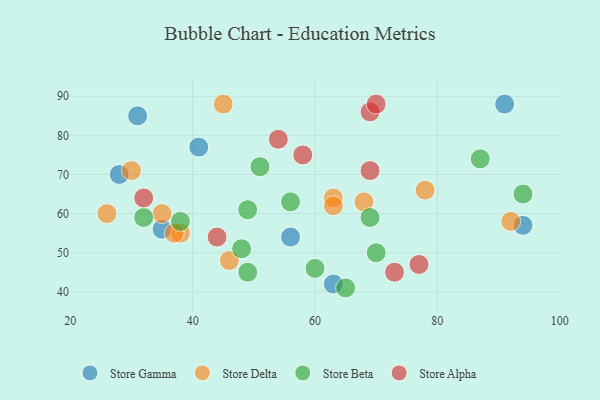
{"axis": {"x": "GDP", "y": "Life Expectancy"}, "legend": ["Store Alpha", "Store Beta", "Store Delta", "Store Gamma"], "data": [{"x": "63", "y": 42, "type": "Store Gamma"}, {"x": "28", "y": 70, "type": "Store Gamma"}, {"x": "56", "y": 54, "type": "Store Gamma"}, {"x": "91", "y": 88, "type": "Store Gamma"}, {"x": "41", "y": 77, "type": "Store Gamma"}, {"x": "31", "y": 85, "type": "Store Gamma"}, {"x": "94", "y": 57, "type": "Store Gamma"}, {"x": "35", "y": 56, "type": "Store Gamma"}, {"x": "38", "y": 55, "type": "Store Delta"}, {"x": "78", "y": 66, "type": "Store Delta"}, {"x": "26", "y": 60, "type": "Store Delta"}, {"x": "35", "y": 60, "type": "Store Delta"}, {"x": "45", "y": 88, "type": "Store Delta"}, {"x": "63", "y": 64, "type": "Store Delta"}, {"x": "92", "y": 58, "type": "Store Delta"}, {"x": "68", "y": 63, "type": "Store Delta"}, {"x": "63", "y": 62, "type": "Store Delta"}, {"x": "37", "y": 55, "type": "Store Delta"}, {"x": "30", "y": 71, "type": "Store Delta"}, {"x": "46", "y": 48, "type": "Store Delta"}, {"x": "87", "y": 74, "type": "Store Beta"}, {"x": "49", "y": 45, "type": "Store Beta"}, {"x": "51", "y": 72, "type": "Store Beta"}, {"x": "48", "y": 51, "type": "Store Beta"}, {"x": "56", "y": 63, "type": "Store Beta"}, {"x": "49", "y": 61, "type": "Store Beta"}, {"x": "94", "y": 65, "type": "Store Beta"}, {"x": "69", "y": 59, "type": "Store Beta"}, {"x": "38", "y": 58, "type": "Store Beta"}, {"x": "70", "y": 50, "type": "Store Beta"}, {"x": "60", "y": 46, "type": "Store Beta"}, {"x": "32", "y": 59, "type": "Store Beta"}, {"x": "65", "y": 41, "type": "Store Beta"}, {"x": "69", "y": 71, "type": "Store Alpha"}, {"x": "73", "y": 45, "type": "Store Alpha"}, {"x": "69", "y": 86, "type": "Store Alpha"}, {"x": "77", "y": 47, "type": "Store Alpha"}, {"x": "58", "y": 75, "type": "Store Alpha"}, {"x": "44", "y": 54, "type": "Store Alpha"}, {"x": "32", "y": 64, "type": "Store Alpha"}, {"x": "54", "y": 79, "type": "Store Alpha"}, {"x": "70", "y": 88, "type": "Store Alpha"}]}